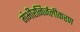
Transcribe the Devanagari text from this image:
गंभीरनिर्जलीकरण